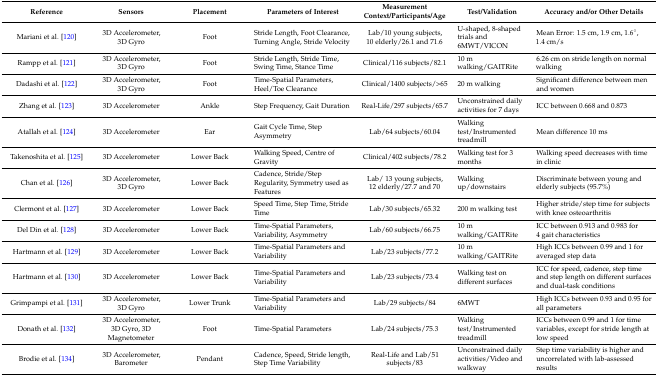
<table><thead><tr><td><b>Reference</b></td><td><b>Sensors</b></td><td><b>Placement</b></td><td><b>Parameters of Interest</b></td><td><b>Measurement Context/Participants/Age</b></td><td><b>Test/Validation</b></td><td><b>Accuracy and/or Other Details</b></td></tr></thead><tbody><tr><td>Mariani et al. [120]</td><td>3D Accelerometer, 3D Gyro</td><td>Foot</td><td>Stride Length, Foot Clearance, Turning Angle, Stride Velocity</td><td>Lab/10 young subjects, 10 elderly/26.1 and 71.6</td><td>U-shaped, 8-shaped trials and 6MWT/VICON</td><td>Mean Error: 1.5 cm, 1.9 cm, 1.6°, 1.4 cm/s </td></tr><tr><td>Rampp et al. [121]</td><td>3D Accelerometer, 3D Gyro</td><td>Foot</td><td>Stride Length, Stride Time, Swing Time, Stance Time</td><td>Clinical/116 subjects/82.1</td><td>10 m walking/GAITRite</td><td>6.26 cm on stride length on normal walking</td></tr><tr><td>Dadashi et al. [122]</td><td>3D Accelerometer, 3D Gyro</td><td>Foot</td><td>Time-Spatial Parameters, Heel/Toe Clearance</td><td>Clinical/1400 subjects/&gt;65</td><td>20 m walking </td><td>Significant difference between men and women</td></tr><tr><td>Zhang et al. [123]</td><td>3D Accelerometer</td><td>Ankle</td><td>Step Frequency, Gait Duration</td><td>Real-Life/297 subjects/65.7</td><td>Unconstrained daily activities for 7 days</td><td>ICC between 0.668 and 0.873</td></tr><tr><td>Atallah et al. [124]</td><td>3D Accelerometer</td><td>Ear</td><td>Gait Cycle Time, Step Asymmetry</td><td>Lab/64 subjects/60.04</td><td>Walking test/Instrumented treadmill</td><td>Mean difference 10 ms</td></tr><tr><td>Takenoshita et al. [125]</td><td>3D Accelerometer</td><td>Lower Back</td><td>Walking Speed, Centre of Gravity</td><td>Clinical/402 subjects/78.2</td><td>Walking test for 3 months</td><td>Walking speed decreases with time in clinic</td></tr><tr><td>Chan et al. [126]</td><td>3D Accelerometer, 3D Gyro</td><td>Lower Back</td><td>Cadence, Stride/Step Regularity, Symmetry used as Features</td><td>Lab/ 13 young subjects, 12 elderly/27.7 and 70</td><td>Walking up/downstairs</td><td>Discriminate between young and elderly subjects (95.7%)</td></tr><tr><td>Clermont et al. [127]</td><td>3D Accelerometer</td><td>Lower Back</td><td>Speed Time, Step Time, Stride Time</td><td>Lab/30 subjects/65.32</td><td>200 m walking test</td><td>Higher stride/step time for subjects with knee osteoarthritis</td></tr><tr><td>Del Din et al. [128]</td><td>3D Accelerometer</td><td>Lower Back</td><td>Time-Spatial Parameters, Variability, Asymmetry</td><td>Lab/60 subjects/66.75</td><td>10 m walking/GAITRite</td><td>ICC between 0.913 and 0.983 for 4 gait characteristics</td></tr><tr><td>Hartmann et al. [129]</td><td>3D Accelerometer</td><td>Lower Back</td><td>Time-Spatial Parameters and Variability </td><td>Lab/23 subjects/77.2</td><td>10 m walking/GAITRite</td><td>High ICCs between 0.99 and 1 for averaged step data</td></tr><tr><td>Hartmann et al. [130]</td><td>3D Accelerometer</td><td>Lower Back</td><td>Time-Spatial Parameters and Variability </td><td>Lab/23 subjects/73.4</td><td>Walking test on different surfaces</td><td>ICC for speed, cadence, step time and step length on different surfaces and dual-task conditions</td></tr><tr><td>Grimpampi et al. [131]</td><td>3D Accelerometer, 3D Gyro</td><td>Lower Trunk</td><td>Time-Spatial Parameters and Variability</td><td>Lab/29 subjects/84</td><td>6MWT</td><td>High ICCs between 0.93 and 0.95 for all parameters</td></tr><tr><td>Donath et al. [132]</td><td>3D Accelerometer, 3D Gyro, 3D Magnetometer</td><td>Foot</td><td>Time-Spatial Parameters</td><td>Lab/24 subjects/75.3</td><td>Walking test/Instrumented treadmill</td><td>ICCs between 0.99 and 1 for time variables, except for stride length at low speed</td></tr><tr><td>Brodie et al. [134]</td><td>3D Accelerometer, Barometer</td><td>Pendant</td><td>Cadence, Speed, Stride length, Step Time Variability</td><td>Real-Life and Lab/51 subjects/83</td><td>Unconstrained daily activities/Video and walkway</td><td>Step time variability is higher and uncorrelated with lab-assessed results</td></tr></tbody></table>